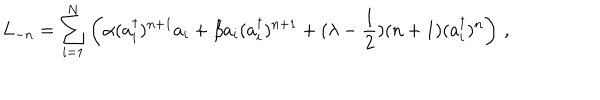
L _ { - n } = \sum _ { i = 1 } ^ { N } \left( \alpha ( a _ { i } ^ { \dagger } ) ^ { n + 1 } a _ { i } + \beta a _ { i } ( a _ { i } ^ { \dagger } ) ^ { n + 1 } + ( \lambda - { \frac { 1 } { 2 } } ) ( n + 1 ) ( a _ { i } ^ { \dagger } ) ^ { n } \right) \, ,